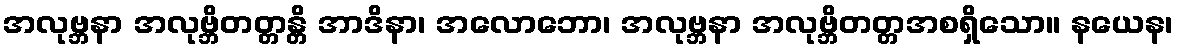
အလုဗ္ဘနာ အလုဗ္ဘိတတ္တန္တိ အာဒိနာ၊ အလောဘော၊ အလုဗ္ဘနာ အလုဗ္ဘိတတ္တအစရှိသော။ နယေန၊